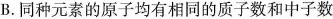
B.同种元素的原子均有相同的质子数和中子数